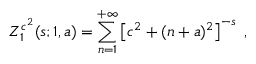
Z _ { 1 } ^ { c ^ { 2 } } ( s ; 1 , a ) = \sum _ { n = 1 } ^ { + \infty } \left[ c ^ { 2 } + ( n + a ) ^ { 2 } \right] ^ { - s } \; ,